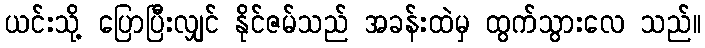
ယင်းသို့ ပြောပြီးလျှင် နိုင်ဇမ်သည် အခန်းထဲမှ ထွက်သွားလေ သည်။